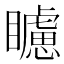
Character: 𥌠